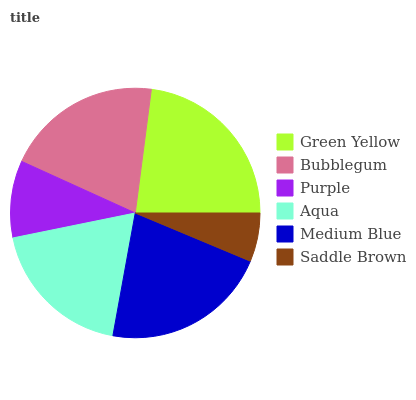
| Green Yellow | Bubblegum | Purple | Aqua | Medium Blue | Saddle Brown |
 | --- | --- | --- | --- | --- | --- |
 | 23% | 20.2% | 10% | 19% | 21.5% | 6.31% |